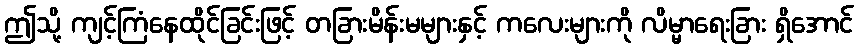
ဤသို့ ကျင့်ကြံနေထိုင်ခြင်းဖြင့် တခြားမိန်းမများနှင့် ကလေးများကို လိမ္မာရေးခြား ရှိအောင်